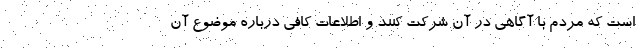
است که مردم با آگاهی در آن شرکت کنند و اطلاعات کافی درباره موضوع آن